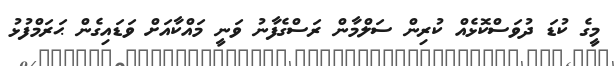
މީގެ ކުޑަ ދުވަސްކޮޅެއް ކުރިން ސަލްމާން ރަސްގެފާނު ވަނީ މައްކާއަށް ވަޑައިގެން ޙަރަމްފުޅު